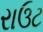
રાઉટ